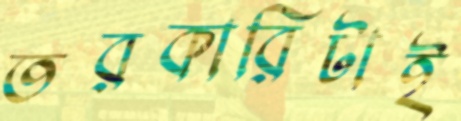
তরকারিটাই